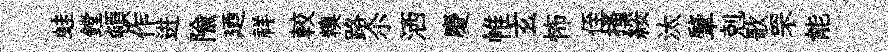
蛙鏜頓作进隃廼祥較糗路尒洒慶帷玄怖侄搔綏汰肇剋歌罘能